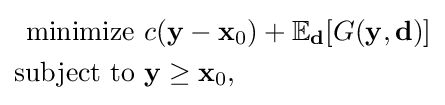
{\begin{aligned}{\text{minimize }}&c(\mathbf {y} -\mathbf {x} _{0})+\mathbb {E} _{\mathbf {d} }[G(\mathbf {y} ,\mathbf {d} )]\\{\text{subject to }}&\mathbf {y} \geq \mathbf {x} _{0},\end{aligned}}